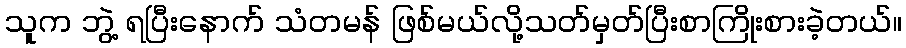
သူက ဘွဲ့ ရပြီးနောက် သံတမန် ဖြစ်မယ်လို့သတ်မှတ်ပြီးစာကြိုးစားခဲ့တယ်။